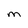
Character: M